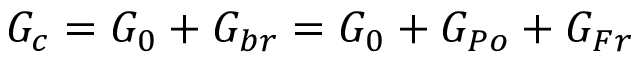
G _ { c } = G _ { 0 } + G _ { b r } = G _ { 0 } + G _ { P o } + G _ { F r }